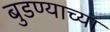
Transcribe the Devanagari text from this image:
बुडण्याच्या